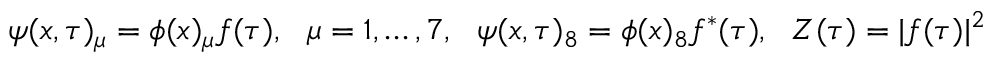
\psi ( x , \tau ) _ { \mu } = \phi ( x ) _ { \mu } f ( \tau ) , \ \ \mu = 1 , \dots , 7 , \ \ \psi ( x , \tau ) _ { 8 } = \phi ( x ) _ { 8 } f ^ { * } ( \tau ) , \ \ Z ( \tau ) = | f ( \tau ) | ^ { 2 }